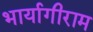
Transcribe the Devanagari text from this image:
भार्यागीराम